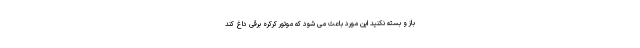
باز و بسته نکنید این مورد باعث می شود که موتور کرکره برقی داغ کند